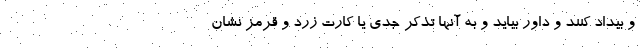
و بیداد کنند و داور بیاید و به آنها تذکر جدی یا کارت زرد و قرمز نشان